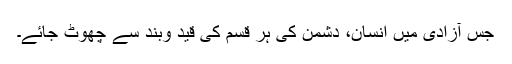
جس آزادی میں انسان، دشمن کی ہر قسم کی قید وبند سے چھوٹ جائے۔